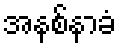
အနစ်နာခံ